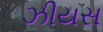
ઝીયસ